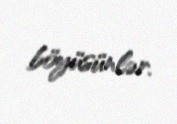
böyüsünlər.